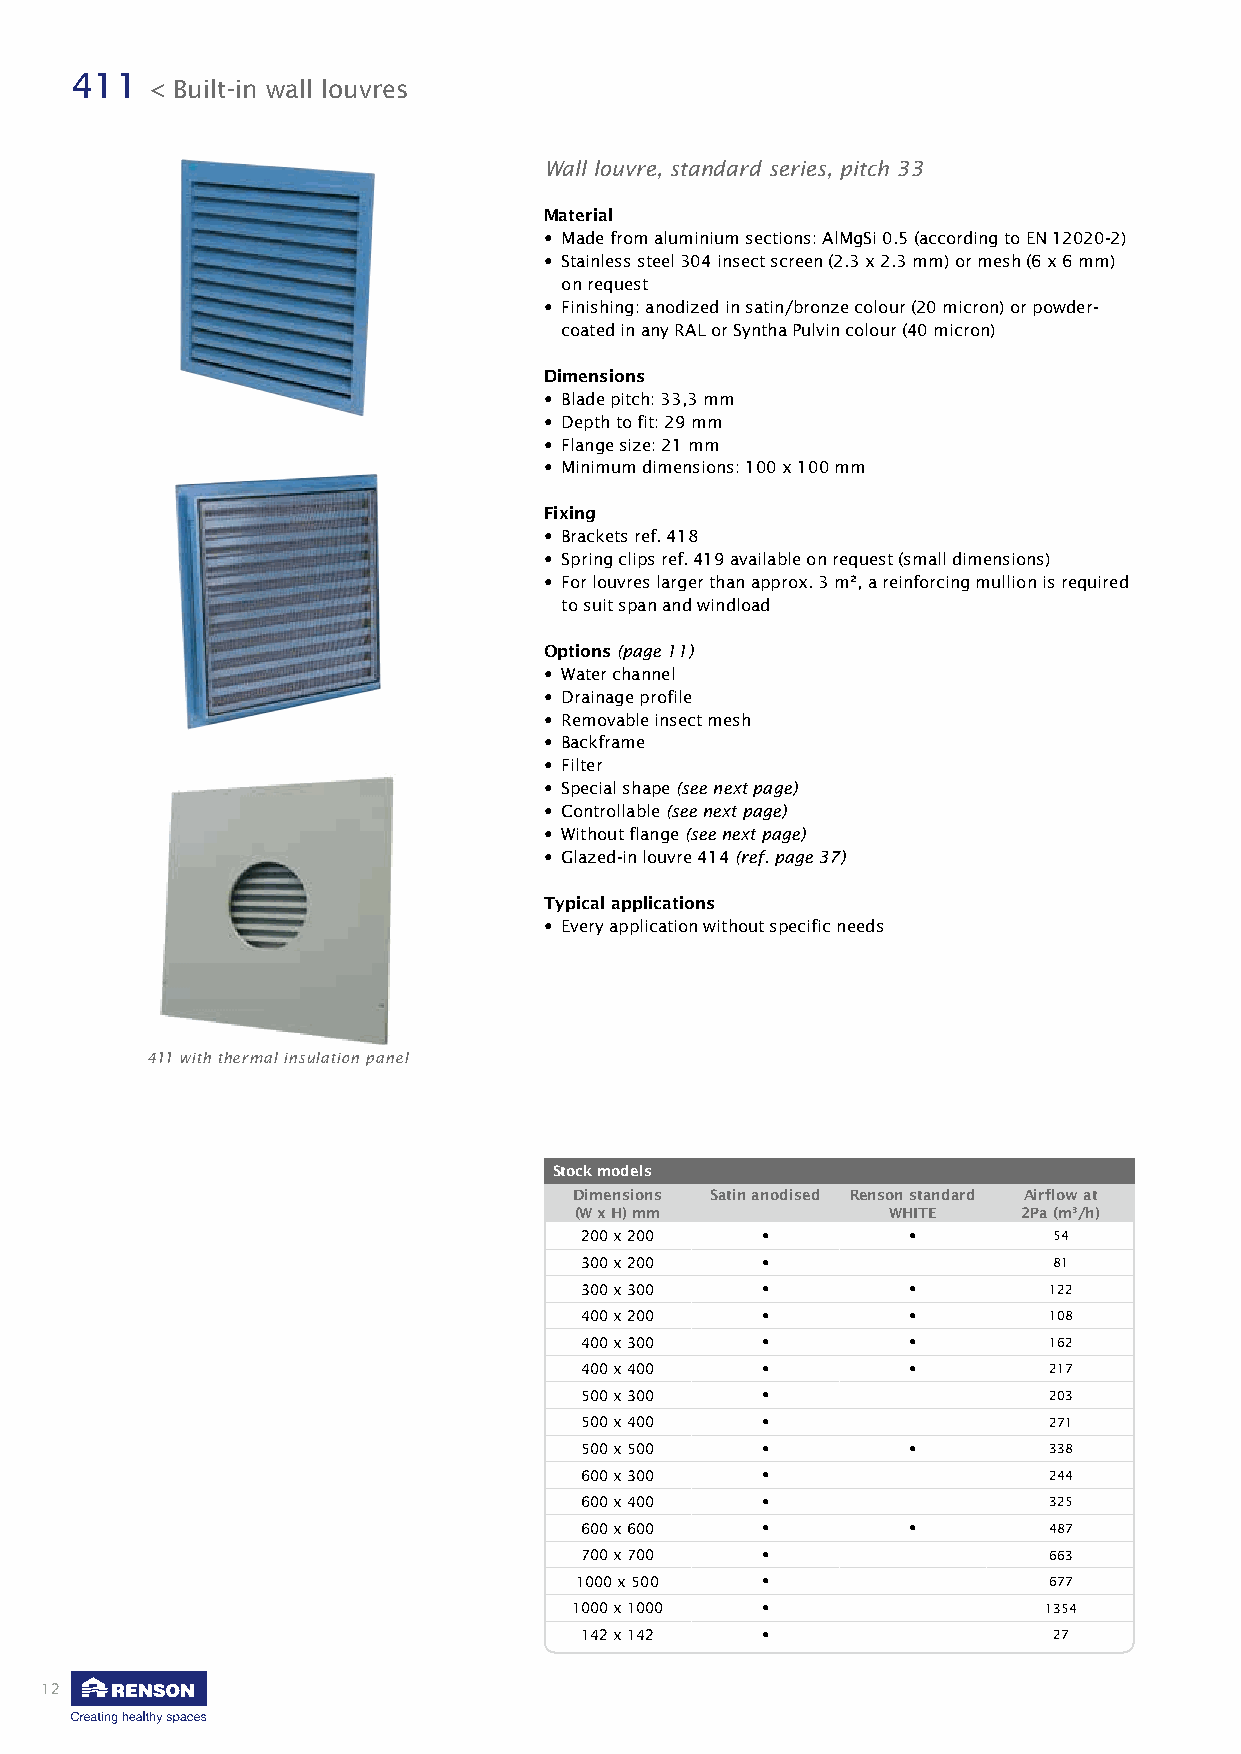
411
 < Built-in wall louvres
 Wall louvre, standard series, pitch 33
 Material
 • Made from aluminium sections: AlMgSi 0.5 (according to EN 12020-2)
 • Stainless steel 304 insect screen (2.3 x 2.3 mm) or mesh (6 x 6 mm)
 on request
 • Finishing: anodized in satin/bronze colour (20 micron) or powder-
 coated in any RAL or Syntha Pulvin colour (40 micron)
 Dimensions
 • Blade pitch: 33,3 mm
 • Depth to fit: 29 mm
 • Flange size: 21 mm
 • Minimum dimensions: 100 x 100 mm
 Fixing
 • Brackets ref. 418
 • Spring clips ref. 419 available on request (small dimensions)
 • For louvres larger than approx. 3 m², a reinforcing mullion is required
 to suit span and windload
 Options (page 11)
 • Water channel
 • Drainage profile
 • Removable insect mesh
 • Backframe
 • Filter
 • Special shape (see next page)
 • Controllable (see next page)
 • Without flange (see next page)
 • Glazed-in louvre 414 (ref. page 37)
 Typical applications
 • Every application without specific needs
 411 with thermal insulation panel
 Stock models
 Dimensions Satin anodised Renson standard Airflow at
 (W x H) mm           WHITE    2Pa (m3/h)
 200 x 200   •         •         54
 300 x 200   •                   81
 300 x 300   •         •        122
 400 x 200   •         •        108
 400 x 300   •         •        162
 400 x 400   •         •        217
 500 x 300   •                  203
 500 x 400   •                  271
 500 x 500   •         •        338
 600 x 300   •                  244
 600 x 400   •                  325
 600 x 600   •         •        487
 700 x 700   •                  663
 1000 x 500  •                  677
 1000 x 1000 •                  1354
 142 x 142   •                   27
 12